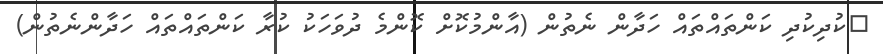
ކުދިކުދި ކަންތައްތައް ހަދާން ނެތުން (އާންމުކޮށް ކޮންމެ ދުވަހަކު ކުރާ ކަންތައްތައް ހަދާންނެތުން)